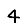
Digit: 4